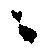
ニ